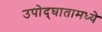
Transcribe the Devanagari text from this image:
उपोद्‌घातामध्ये